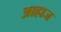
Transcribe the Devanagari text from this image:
आहाज